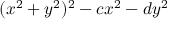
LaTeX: ( x ^ { 2 } + y ^ { 2 } ) ^ { 2 } - c x ^ { 2 } - d y ^ { 2 }